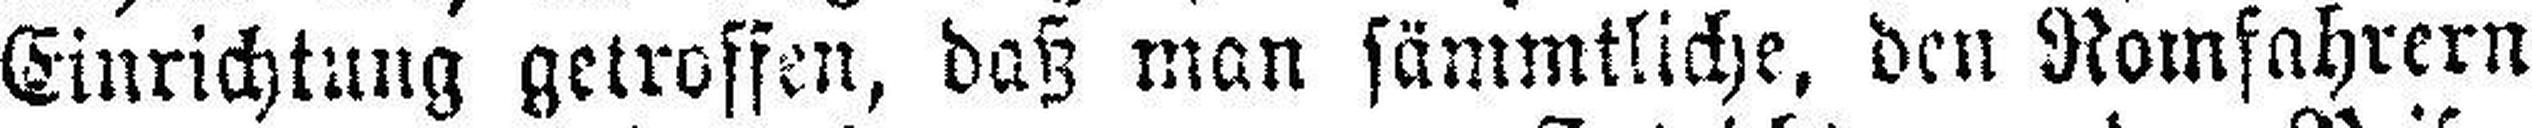
Einrichtung getroffen, daß man sämmtliche, den Romfahrern